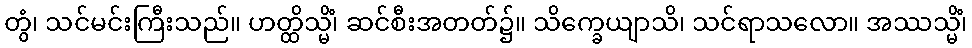
တွံ၊ သင်မင်းကြီးသည်။ ဟတ္ထိသ္မိံ၊ ဆင်စီးအတတ်၌။ သိက္ခေယျာသိ၊ သင်ရာသလော။ အဿသ္မိံ၊